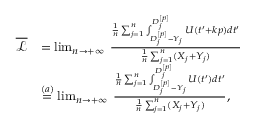
\begin{array} { r l } { \overline { { \mathcal { L } } } } & { = \operatorname* { l i m } _ { n \to + \infty } \: \frac { \frac { 1 } { n } \sum _ { j = 1 } ^ { n } \int _ { D _ { j } ^ { [ p ] } - Y _ { j } } ^ { D _ { j } ^ { [ p ] } } U ( t ^ { \prime } + k p ) d t ^ { \prime } } { \frac { 1 } { n } \sum _ { j = 1 } ^ { n } ( X _ { j } + Y _ { j } ) } } \\ & { \overset { ( a ) } { = } \operatorname* { l i m } _ { n \to + \infty } \: \frac { \frac { 1 } { n } \sum _ { j = 1 } ^ { n } \int _ { D _ { j } ^ { [ p ] } - Y _ { j } } ^ { D _ { j } ^ { [ p ] } } U ( t ^ { \prime } ) d t ^ { \prime } } { \frac { 1 } { n } \sum _ { j = 1 } ^ { n } ( X _ { j } + Y _ { j } ) } , } \end{array}